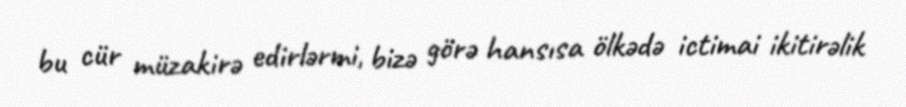
bu cür müzakirə edirlərmi, bizə görə hansısa ölkədə ictimai ikitirəlik